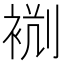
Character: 𧙮